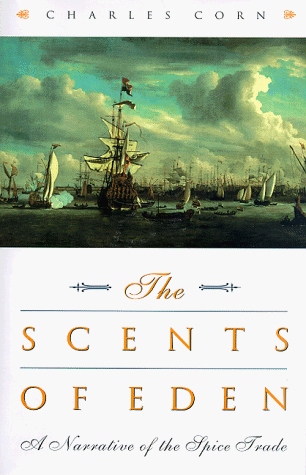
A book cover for The Scents of Eden: A Narrative of the Spice Trade; Charles Corn; Business & Money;